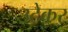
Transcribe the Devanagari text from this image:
उटेकर